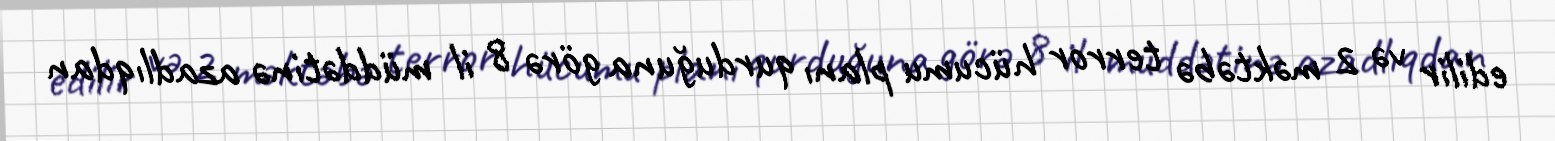
edilir və 2 məktəbə terror hücumu planı qurduğuna görə 8 il müddətinə azadlıqdan